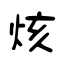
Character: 烗